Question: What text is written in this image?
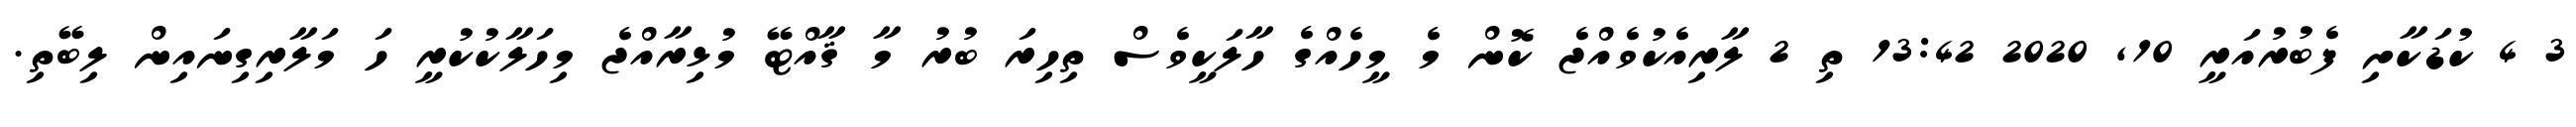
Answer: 3 4 ކުޑަކާށި ފެބުރުއަރީ 10, 2020 13:42 ތި 2 ލާރިއެކުވެއްޖެ ކޮން މެ މީހެއްގެ ހާލަކީވެސް ތިހިރަ ބުރު މާ ޤާއްޓޭ މުޅިރާއްޖެ މިހަލާކުކުރީ ހަ މަލާރިގިނައިން ލިބޭތި.